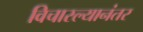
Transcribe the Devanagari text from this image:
विचारल्यानंतर